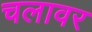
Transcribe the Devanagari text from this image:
चलावर